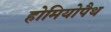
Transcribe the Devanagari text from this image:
होमियोपैथ